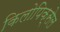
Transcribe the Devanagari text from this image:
किलोपिक्सेल